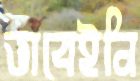
ভাবেইনি